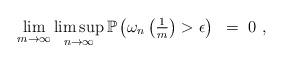
LaTeX: \begin{align*} \lim_{m\to \infty} \limsup \limits_{n \to \infty} \mathbb{P}\left(\omega_n\left(\tfrac{1}{m}\right) > \epsilon \right) ~=~0~, \end{align*}